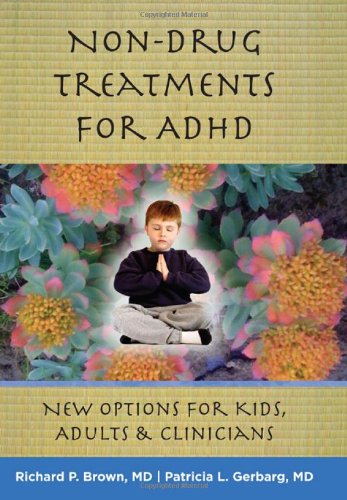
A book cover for Non-Drug Treatments for ADHD: New Options for Kids, Adults, and Clinicians; Richard P. Brown; Health, Fitness & Dieting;